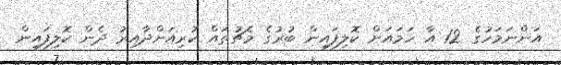
އަންނަމަހުގެ 12 އާ ހަމައަށް ކޮލިފައިން ބުރުގެ މެޗުތައް ކުރިއަށްދާއިރު ދެން ކޮލިފައިން